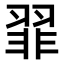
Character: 𫅪